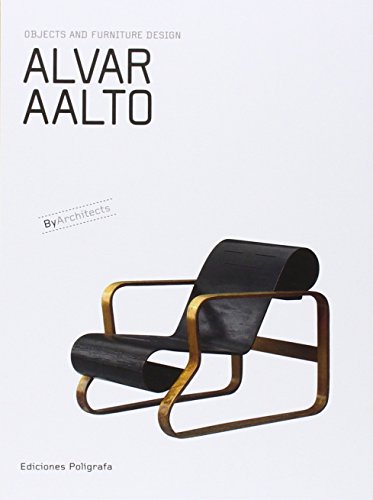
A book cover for Alvar Aalto: Objects and Furniture Design By Architects; Sandra Dachs; Crafts, Hobbies & Home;